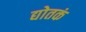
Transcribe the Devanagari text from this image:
द्योतकं